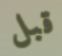
قبل